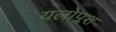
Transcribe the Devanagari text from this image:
यलोप्लश